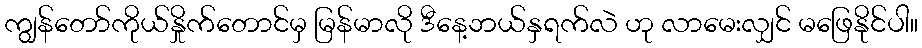
ကျွန်တော်ကိုယ်နှိုက်တောင်မှ မြန်မာလို ဒီနေ့ဘယ်နှရက်လဲ ဟု လာမေးလျှင် မဖြေနိုင်ပါ။